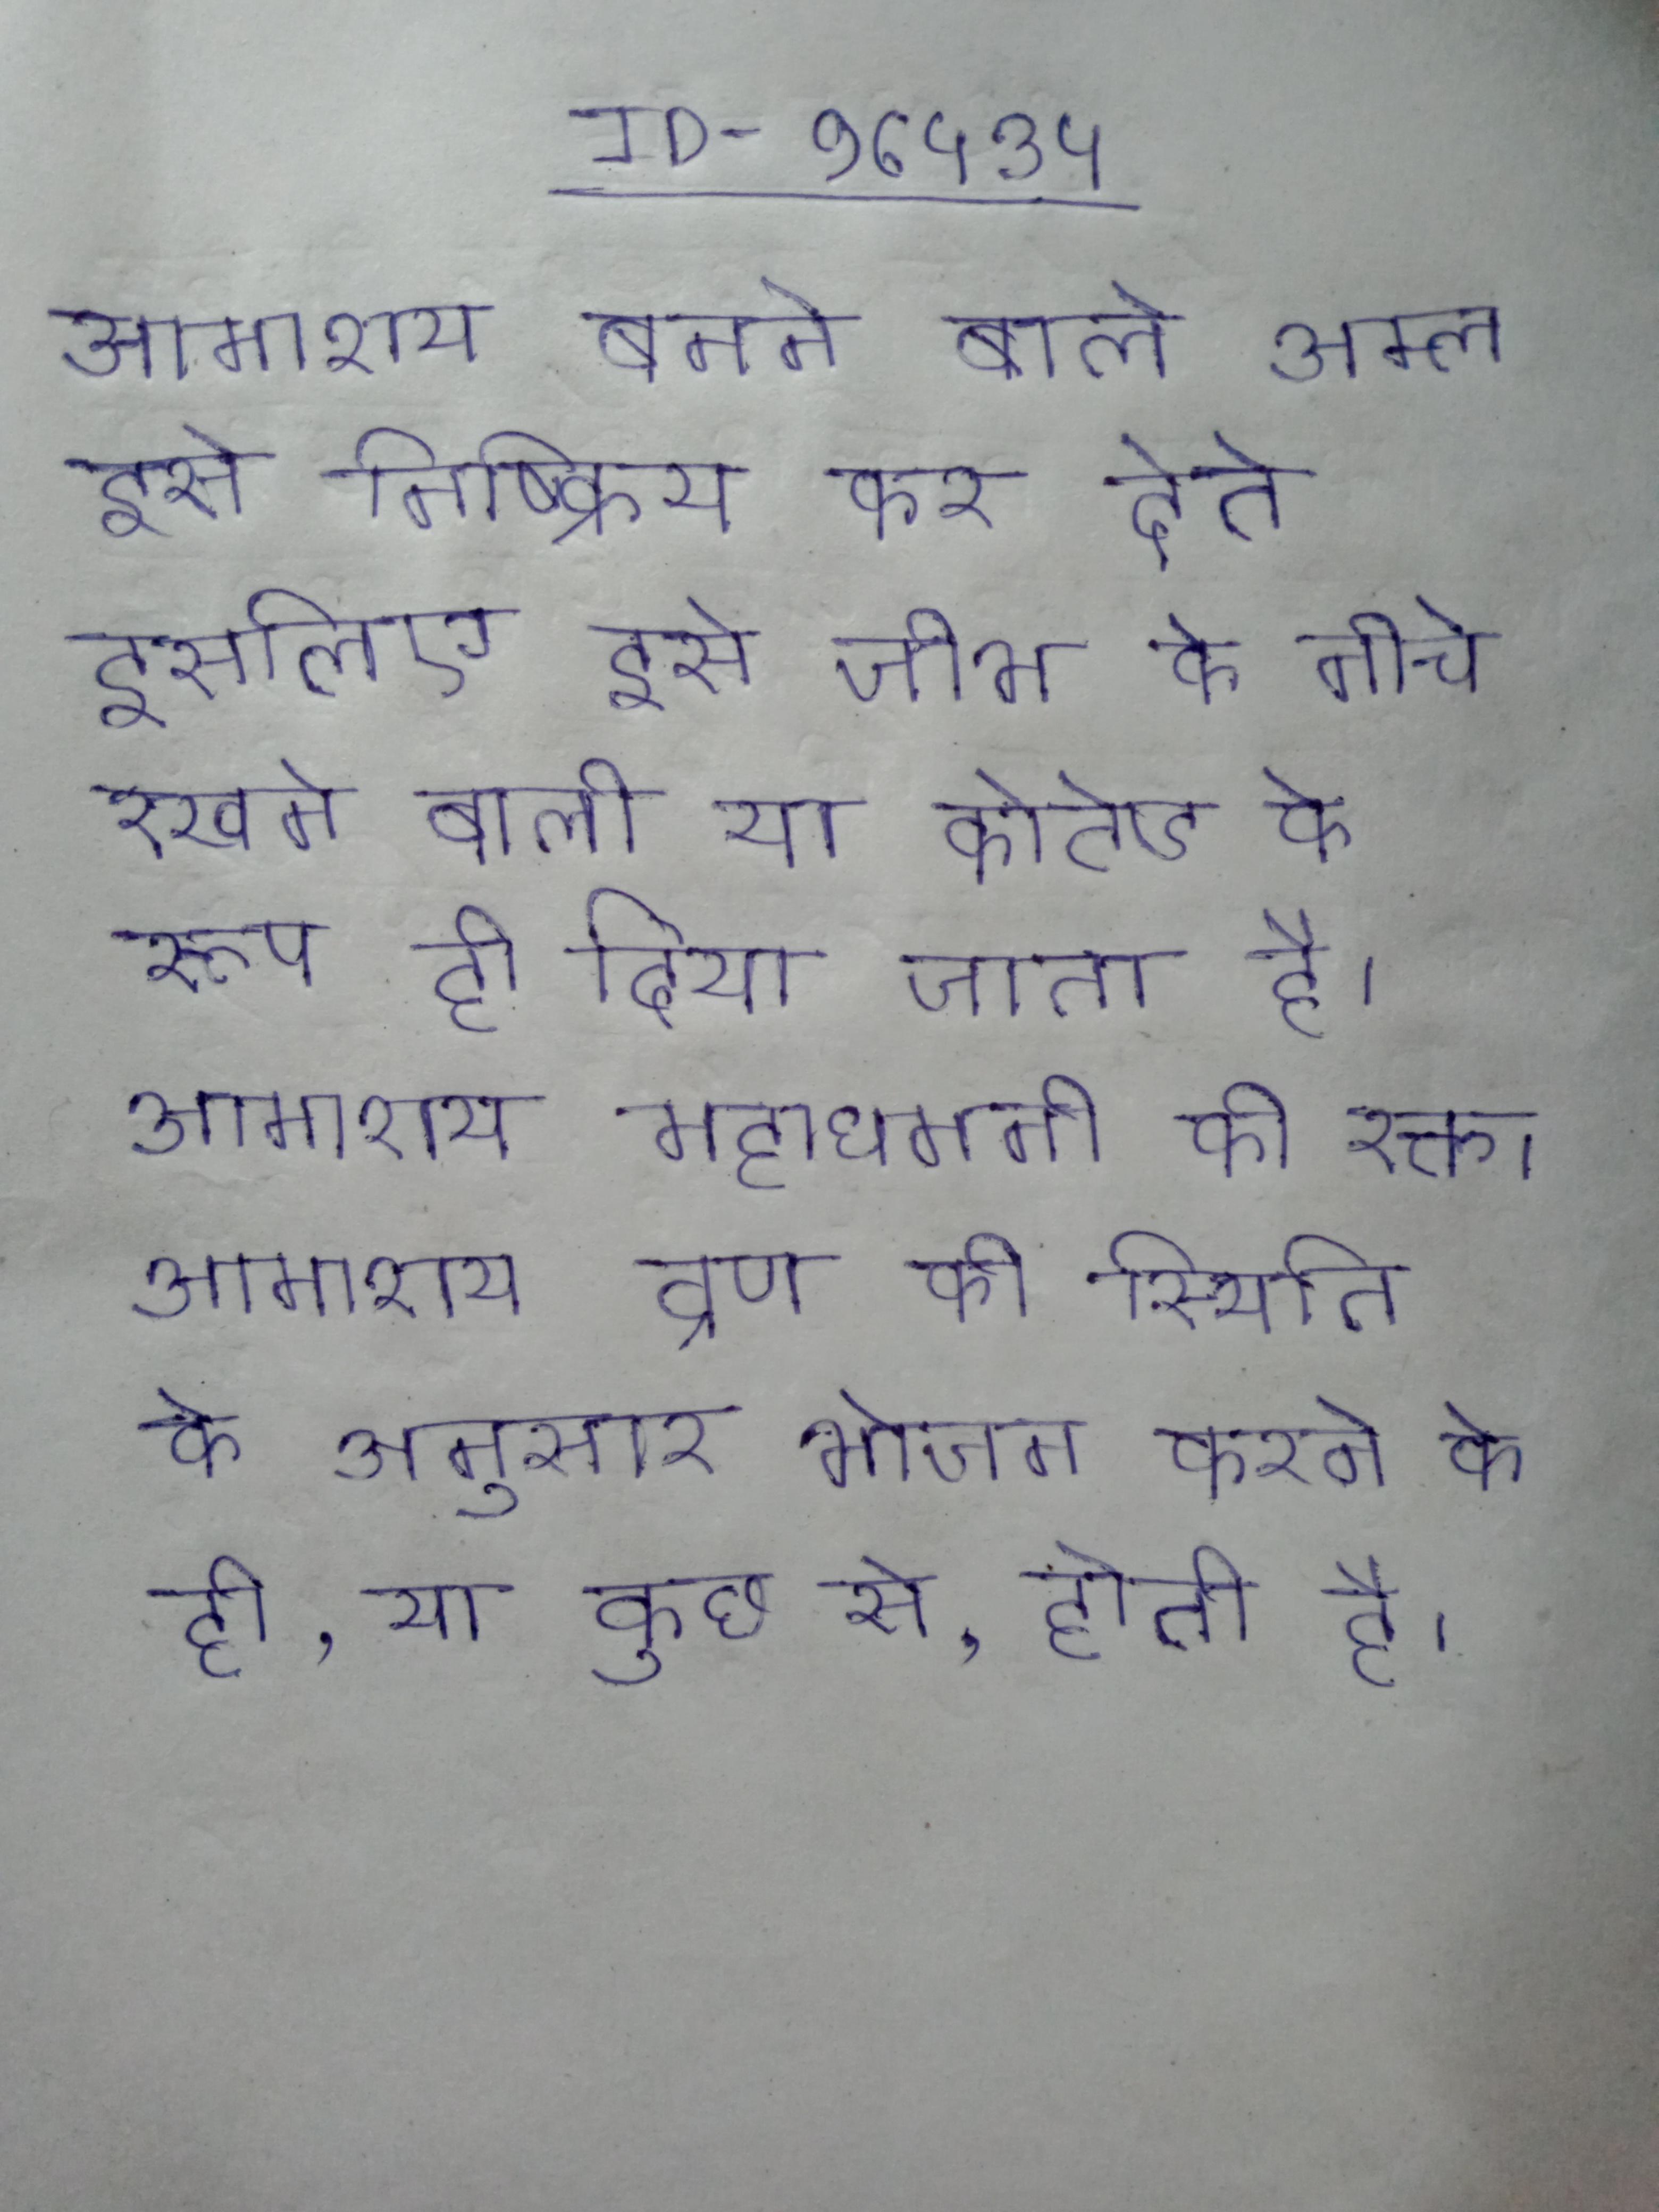
आमाशय बनने वाले अम्ल इसे निष्क्रिय कर देते इसलिए इसे जीभ के नीचे रखने वाली या कोटेड के रूप ही दिया जाता है । आमाशय महाधमनी की रक्त । आमाशय व्रण की स्थिति के अनुसार भोजन करने के ही, या कुछ से, होती है ।